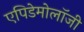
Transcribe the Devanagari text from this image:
एपिडेमोलॉजी